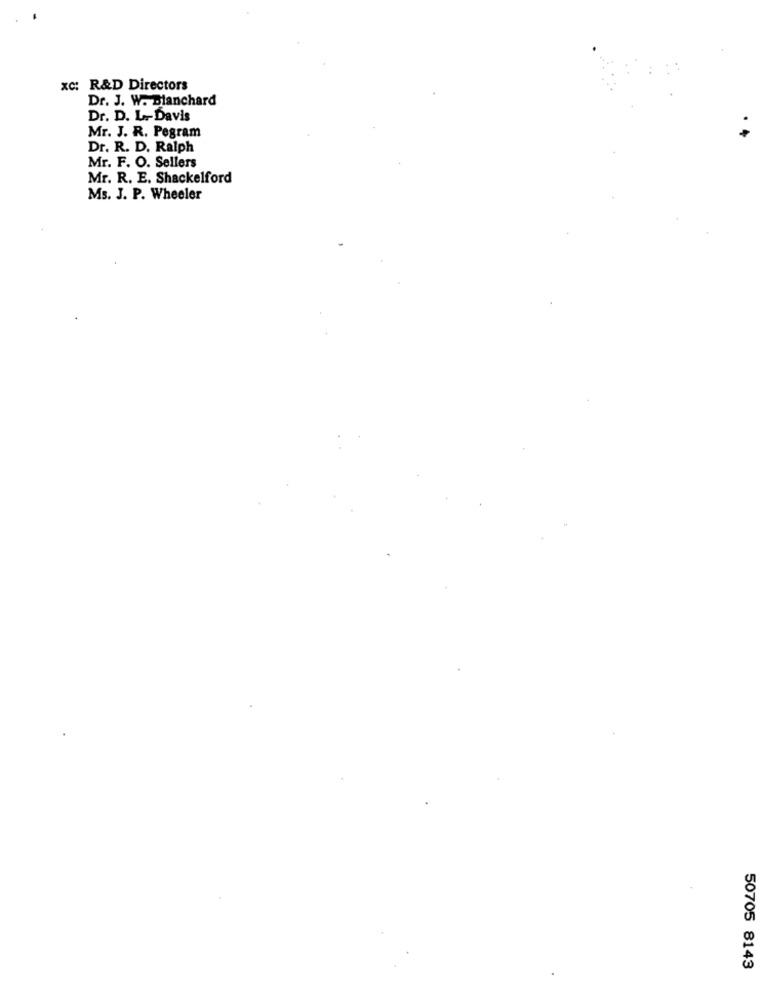
XC: R&D Directors
Dr. J. W. Blanchard
Dr. D. L. Davis
Mr. J. R. Pegram
Dr. R. D. Ralph
Mr. F. O. Sellers
Mr. R. E. Shackelford
Ms. J. P. Wheeler
50705 8143